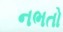
નભતો